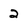
Character: 2